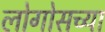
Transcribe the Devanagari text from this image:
लोगोसच्या